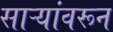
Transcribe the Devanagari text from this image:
साऱ्यांवरून